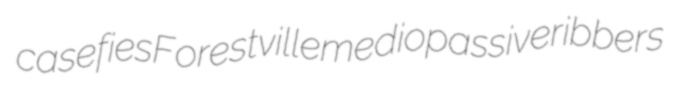
casefies Forestville mediopassive ribbers